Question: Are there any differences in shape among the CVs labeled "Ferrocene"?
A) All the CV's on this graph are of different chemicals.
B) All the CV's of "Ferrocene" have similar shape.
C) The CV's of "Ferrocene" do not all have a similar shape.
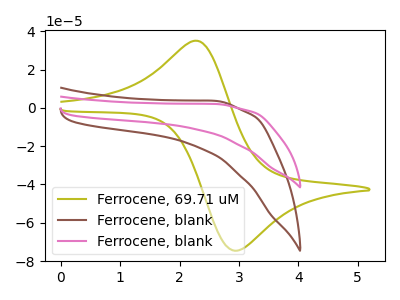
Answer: <think>The olive curve "Ferrocene, 69.71 uM" has an anodic peak at (2.30V, 34.95uA) and a cathodic peak at (2.95V, -74.65uA). The brown curve "Ferrocene, blank" has no peaks. The pink curve "Ferrocene, blank" has no peaks.
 "Ferrocene, 69.71 uM" and "Ferrocene, blank" have a different number of peaks. "Ferrocene, 69.71 uM" and "Ferrocene, blank" have a different number of peaks. Neither "Ferrocene, blank" or "Ferrocene, blank" have any peaks.</think>
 <answer>B) All the CV's of "Ferrocene" have similar shape.</answer>
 <eval>B</eval>